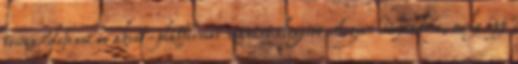
tower-defense és akció-platformer zsánert elegyítő Aegis Defenders, mely épp